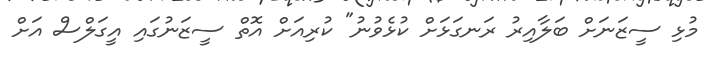
މުޅި ސީޒަނަށް ބަލާއިރު ރަނގަޅަށް ކުޅެވުނު" ކުރިއަށް އޮތް ސީޒަނުގައި އީގަލްސް އަށް